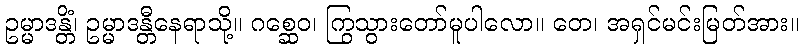
ဥမ္မာဒန္တိံ၊ ဥမ္မာဒန္တီနေရာသို့။ ဂစ္ဆေဝ၊ ကြွသွားတော်မူပါလော။ တေ၊ အရှင်မင်းမြတ်အား။